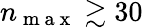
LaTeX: n_{\mathrm{~m~a~x~}}\gtrsim 30